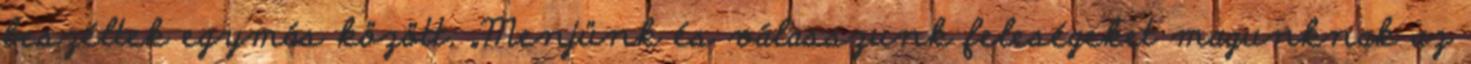
beszéltek egymás között: „Menjünk és válasszunk feleségeket magunknak az